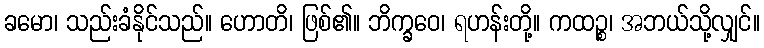
ခမော၊ သည်းခံနိုင်သည်။ ဟောတိ၊ ဖြစ်၏။ ဘိက္ခဝေ၊ ရဟန်းတို့။ ကထဉ္စ၊ အဘယ်သို့လျှင်။